Annual administration report of the Civil Veterinary Department of India - 1897-1898
Year: 1897
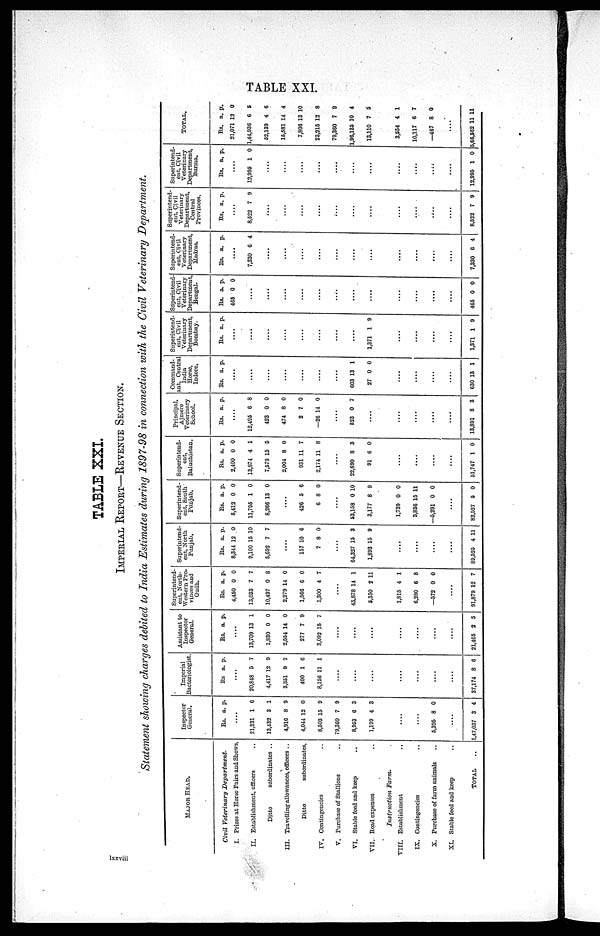
TABLE XXI.
TABLE XXI.
IMPERIAL REPORT—REVENUE SECTION.
Statement showing charges debited to India Estimates during 1897-98 in connection with the Civil Veterinary Department.
MAJOR HEAD.
Civil Veterinary Department.
I. Prizes at Horse Fairs and Shows,
II. Establishment, officers ...
Ditto
subordinates ..
III. Travelling allowances, officers ..
Ditto
subordinates,
IV. Contingencies ...
V. Purchase of Stallions ...
VI. Stable feed and keep
..
VII. Road expenses ..
Instruction
Farm.
VIII. Establishment ..
IS. Contingencies ..
X. Purchase of farm animals ..
XI. Stable feed and keep ..
TOTAL ...
Inspector
General.
Rs.
....
21,231
13,432
4,916
4,044
8,503
79,360
8,953
1,199
....
...
5,395
....
1,47,037
a.
1
3
8
12
15
7
6
4
.
8
3
p.
6
1
9
0
9
9
3
3
0
4
Imperial
Bacteriologist
Rs
....
20,848
4,417
3,351
400
8,156
...
...
...
...
...
...
....
37,174
a.
5
12
9
1
11
8
p.
7
9
7
6
1
6
Assistant to
Inspector
General.
Rs.
..
13,709
1,830
2,554
277
3,092
...
...
...
....
...
...
....
21,465
a.
..
13
0
14
7
15
2
p.
1
0
0
9
7
5
Superintend-
ent, North-
Western Pro-
vinces and
Oudh.
Rs.
4,450
13,033
10,497
2,279
1,566
1,300
...
45,878
5,350
1,815
6,280
—572
....
91,879
a.
0
7
0
14
6
4
14
2
4
6
0
12
p.
0
7
8
0
0
7
1
11
I
8
0
7
Superintend-
ent, North
Punjab.
Rs.
8,344
9,100
5,692
....
157
7
...
64,327
1,893
....
....
....
....
89,525
a.
12
15
7
10
8
15
15
4
p.
0
10
7
6
0
3
9
11
Superintend-
ent, South
Punjab.
Rs.
5,412
11,795
8,266
...
426
6
....
53,158
3,177
1,739
3,836
—5,291
....
82,527
a.
0
1
13
.
5
8
0
8
0
15
0
5
p.
0
0
0
6
0
10
9
0
11
0
0
Superintend-
ent,
Baluchistan.
Rs.
2,400
13,874
7,579
2,004
931
2,174
....
22,690
91
....
....
....
....
51,747
a.
0
4
15
8
11
11
8
6
1
p.
0
1
5
0
7
8
3
0
0
Principal,
Ajmere
Veterinary
School.
Rs.
....
12,495
423
474
2
—26
....
523
....
....
....
....
....
13,891
a.
6
0
8
7
14
0
8
p.
8
0
0
0
0
7
3
Command-
ant, Central
India
Horse,
Indore.
Rs.
..
..
....
..
..
..
..
603
27
....
....
....
....
630
a.
..
..
..
..
..
..
13
0
13 1
p.
1
0
Superintend-
ent, Civil
Veterinary
Department,
Bombay.
Rs.
...
...
...
...
...
...
...
...
1,371
....
....
....
....
1,371
a.
.
.
.
.
.
.
.
.
1
1 9
p.
9
Superintend
ent, Civil
Veterinary
Department
Bengal.
Rs.
465
...
...
...
...
....
...
...
....
....
....
....
....
465 0
a.
0
.
.
.
.
.
.
p.
0
0
Superintend-
ent,Civil
Veterinary,
Department,
Madras.
Rs.
.
7,330
.
..
..
..
..
....
..
..
..
..
...
7,330
a.
...
6
...
..
..
..
..
..
..
..
..
.
6
p.
4
4
Superintend-
ent, Civil
Veterinary
Department,
Central
Provinces.
Rs.
....
8,522
....
....
....
...
....
....
....
....
....
....
....
8,522
a.
7
.
7
p.
9
9
Superintend-
ent, Civil
Veterinary
Department,
Burma.
Rs.
...
12,995
...
...
...
...
....
....
....
....
....
....
....
12,995
a.
.
1
.
.
.
.
1
p.
0
0
TOTAL.
Rs.
21,071
1,44,936
52,139
15,581
7,806
23,215
79,360
1,96,135
13,110
3,554
10,117
—467
....
5,66,562
a.
12
6
4
14
13
12
7
10
7
4
6
8
11
p.
0
5
6
4
10
8
9
4
5
1
7
0
11
lxxviii